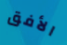
الأفق